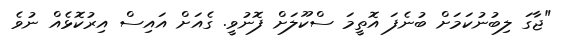
"ޖާގަ ލިބުނުކަމަށް ބުނެފަ އޮތީމަ ސްކޫލަށް ފޮނުވީ. ގެއަށް އައިސް އިރުކޮޅެއް ނުވެ